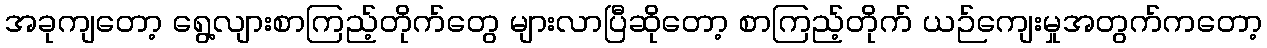
အခုကျတော့ ရွေ့လျားစာကြည့်တိုက်တွေ များလာပြီဆိုတော့ စာကြည့်တိုက် ယဉ်ကျေးမှုအတွက်ကတော့